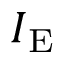
I _ { \mathrm { E } }